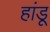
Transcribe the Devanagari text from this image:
हांडू